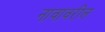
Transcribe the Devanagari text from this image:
नावावरील